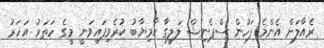
ރެއާލަށް އެންމެ ފަހުން ސްޕެނިޝް ލަލީގާ ކާމިޔާބު ކުރެވިފައިވަނީ މީގެ ހަތަރު އަހަރު